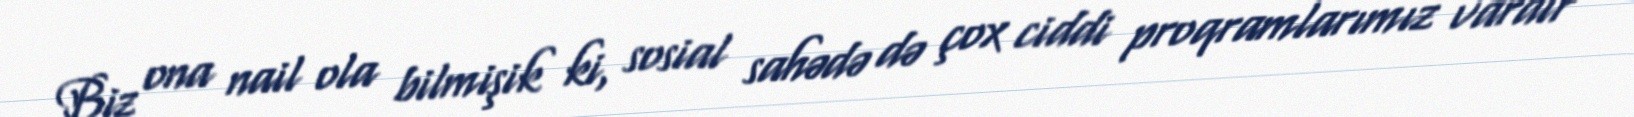
Biz ona nail ola bilmişik ki, sosial sahədə də çox ciddi proqramlarımız vardır